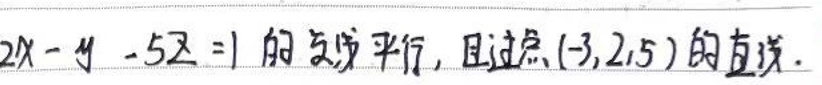
$2x - y - 5z = 1$的法向量平行，且过点$(-3,2,5)$的直线。